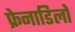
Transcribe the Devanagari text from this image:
फ्रेनाडिलो